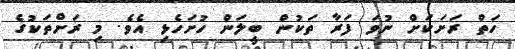
ހަތް ރަށަކަށް ނުވަ ފަރާ ތަކުން ބީލަން ހުށަހެޅި އެވެ. މި ރަށްތަކުގެ